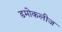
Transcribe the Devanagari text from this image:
डमोकलीज